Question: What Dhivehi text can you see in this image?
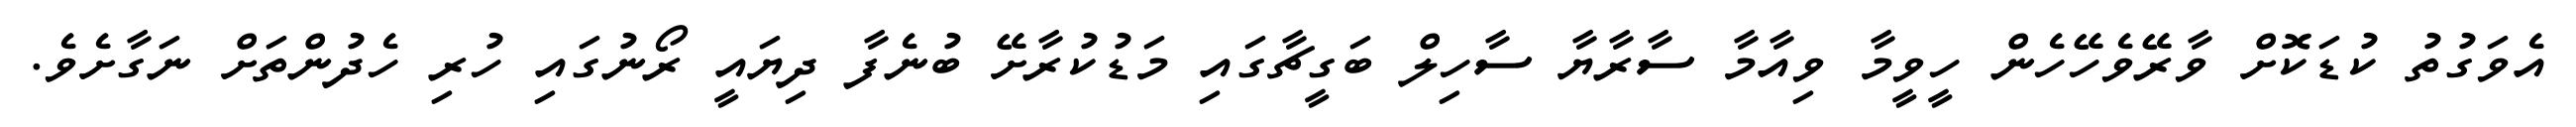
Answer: އެވަގުތު ކުޑަކޮށް ވާރޭވެހޭހެން ހީވީމާ ވިއާމާ ސާރާޔާ ސާހިލް ބަގީޗާގައި މަޑުކުރާށޭ ބުނެފާ ދިޔައީ ރޯނުގައި ހުރި ހެދުންތަށް ނަގާށެވެ.